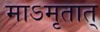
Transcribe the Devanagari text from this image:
माऽमृतात्‌